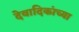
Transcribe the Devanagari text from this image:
देवादिकांच्या